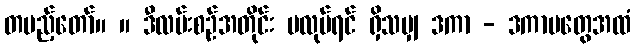
တပည့်တော်။ ။ ဒီလမ်းစဉ်အတိုင်း မလုပ်ရင် ရှိသမျှ ဒကာ - ဒကာမတွေအထံ